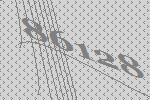
86128